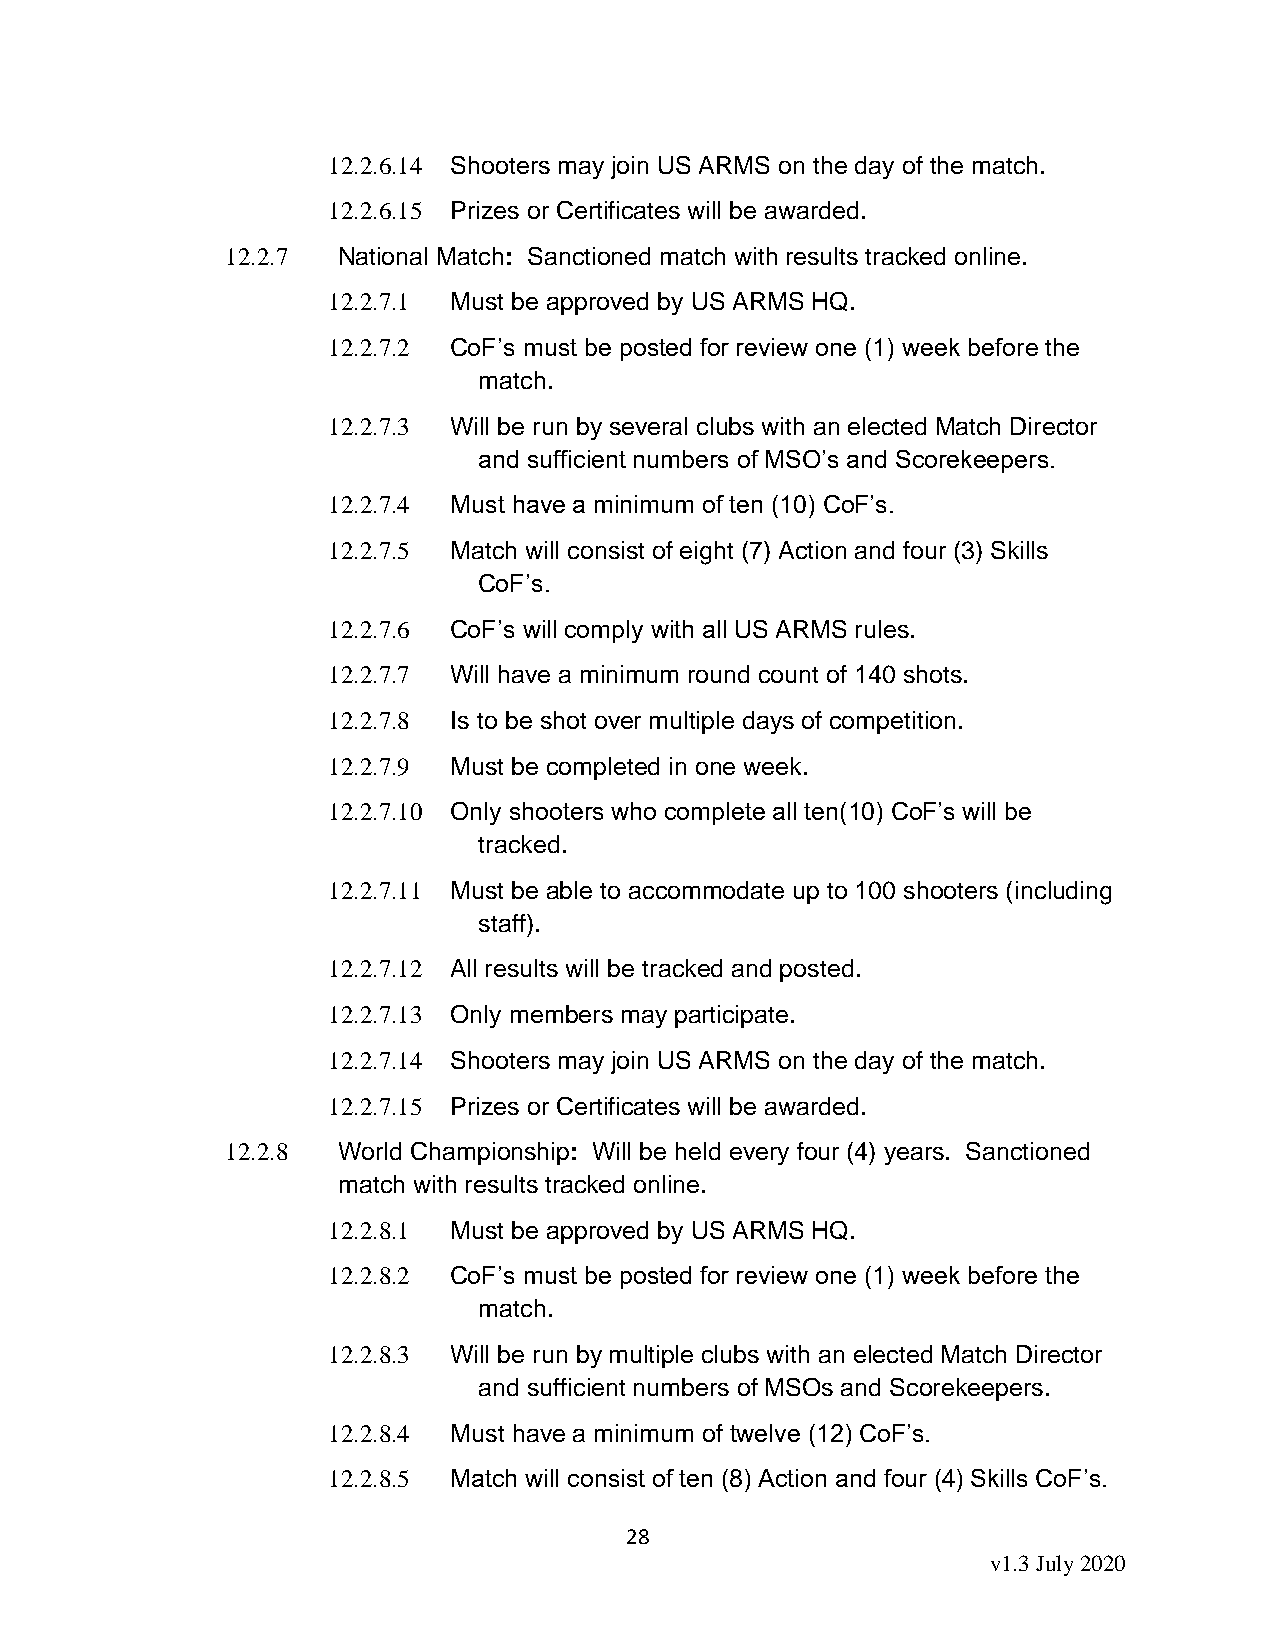
12.2.6.14 Shooters may join US ARMS on the day of the match.
 12.2.6.15 Prizes or Certificates will be awarded.
 12.2.7 National Match: Sanctioned match with results tracked online.
 12.2.7.1 Must be approved by US ARMS HQ.
 12.2.7.2 CoF’s must be posted for review one (1) week before the
 match.
 12.2.7.3 Will be run by several clubs with an elected Match Director
 and sufficient numbers of MSO’s and Scorekeepers.
 12.2.7.4 Must have a minimum of ten (10) CoF’s.
 12.2.7.5 Match will consist of eight (7) Action and four (3) Skills
 CoF’s.
 12.2.7.6 CoF’s will comply with all US ARMS rules.
 12.2.7.7 Will have a minimum round count of 140 shots.
 12.2.7.8 Is to be shot over multiple days of competition.
 12.2.7.9 Must be completed in one week.
 12.2.7.10 Only shooters who complete all ten(10) CoF’s will be
 tracked.
 12.2.7.11 Must be able to accommodate up to 100 shooters (including
 staff).
 12.2.7.12 All results will be tracked and posted.
 12.2.7.13 Only members may participate.
 12.2.7.14 Shooters may join US ARMS on the day of the match.
 12.2.7.15 Prizes or Certificates will be awarded.
 12.2.8 World Championship: Will be held every four (4) years. Sanctioned
 match with results tracked online.
 12.2.8.1 Must be approved by US ARMS HQ.
 12.2.8.2 CoF’s must be posted for review one (1) week before the
 match.
 12.2.8.3 Will be run by multiple clubs with an elected Match Director
 and sufficient numbers of MSOs and Scorekeepers.
 12.2.8.4 Must have a minimum of twelve (12) CoF’s.
 12.2.8.5 Match will consist of ten (8) Action and four (4) Skills CoF’s.
 28
 v1.3 July 2020